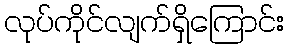
လုပ်ကိုင်လျက်ရှိကြောင်း